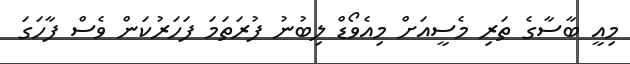
މިއީ ބާސާގެ ތަރި މެސީއަށް މިއެވޯޑް ލިބުނު ފުރަތަމަ ފަހަރުކަން ވެސް ފާހަގަ